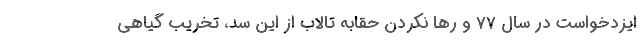
ایزدخواست در سال ۷۷ و رها نکردن حقابه تالاب از این سد، تخریب گیاهی